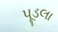
પૂડલા